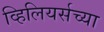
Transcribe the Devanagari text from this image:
व्हिलियर्सच्या